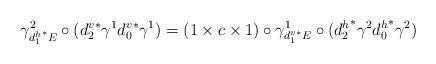
LaTeX: \begin{align*} \gamma^2_{{d_1^h}^*E} \circ ({d^v_2}^*\gamma^1{d^v_0}^*\gamma^1) = (1\times c \times 1) \circ \gamma^1_{{d_1^v}^*E} \circ ({d^h_2}^*\gamma^2{d^h_0}^*\gamma^2)\end{align*}